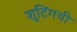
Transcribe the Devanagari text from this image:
शूटिंगची